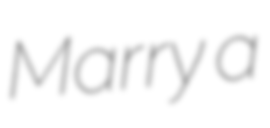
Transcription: Marry a